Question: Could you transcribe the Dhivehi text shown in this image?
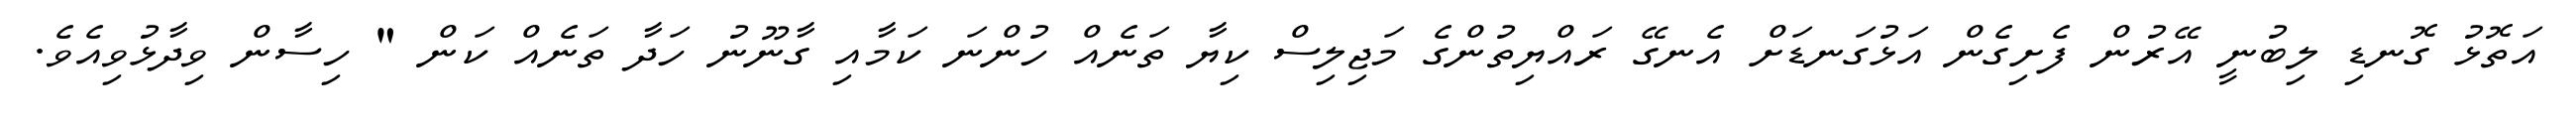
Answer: އަތޮޅު ގޮނޑި ލިބުނީ އޭރުން ފެށިގެން އަޅުގަނޑަށް އެނގޭ ރައްޔިތުންގެ މަޖިލިސް ކިޔާ ތަނެއް ހުންނަ ކަމާއި ގާނޫނު ހަދާ ތަނެއް ކަން " ހިސާން ވިދާޅުވިއެވެ.